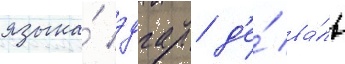
языка́ эдгар д'е́ ва́ль